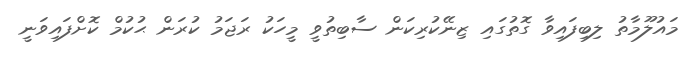
މައުލޫމާތު ލިބިފައިވާ ގޮތުގައި ޒިނޭކުރިކަން ސާބިތުވީ މީހަކު ރަޖަމު ކުރަން ޙުކުމް ކޮށްފައިވަނީ